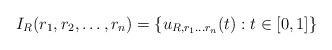
LaTeX: \begin{align*} I_{R} (r_1, r_2, \ldots, r_n) = \{ u_{R,r_1 \ldots r_n}(t) : t \in [0, 1] \}\end{align*}